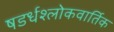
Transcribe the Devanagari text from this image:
षडर्धश्लोकवार्तिक